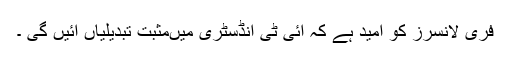
فری لانسرز کو امید ہے کہ آئی ٹی انڈسٹری میںمثبت تبدیلیاں آئیں گی ۔